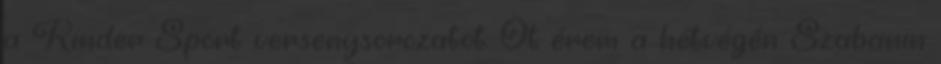
a Kinder Sport versenysorozatot. Öt érem a hétvégén Szabanin